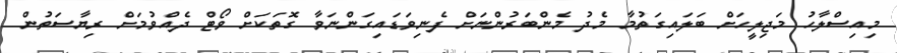
މިއިސްލާހު މަޖިލީހަށް ބަލައިގަތުމާ މެދު މެންބަރުންނަށް ފެނިވަޑައިގަންނަވާ ގޮތަކަށް ވޯޓް ދެއްވުމަށް ރިޔާސަތުން